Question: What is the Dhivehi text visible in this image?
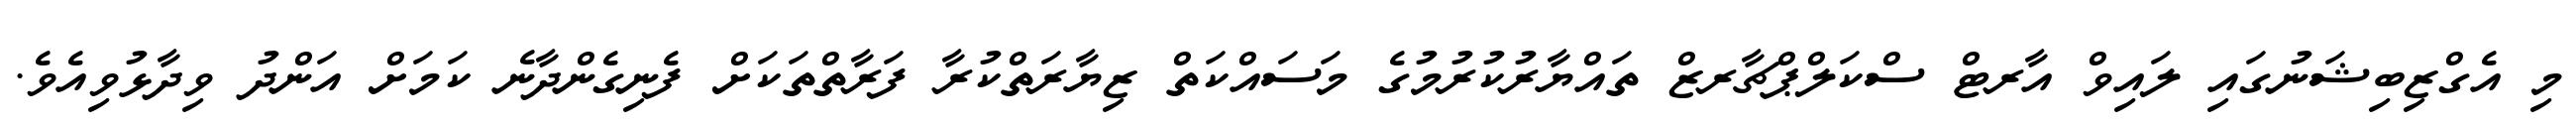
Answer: މި އެގްޒިބިޝަނުގައި ލައިވް އާރޓް ސްކަލްޕްޗާރޒް ތައްޔާރުކުރުމުގެ މަސައްކަތް ޒިޔާރަތްކުރާ ފަރާތްތަކަށް ފެނިގެންދާނެ ކަމަށް އަންދު ވިދާޅުވިއެވެ.